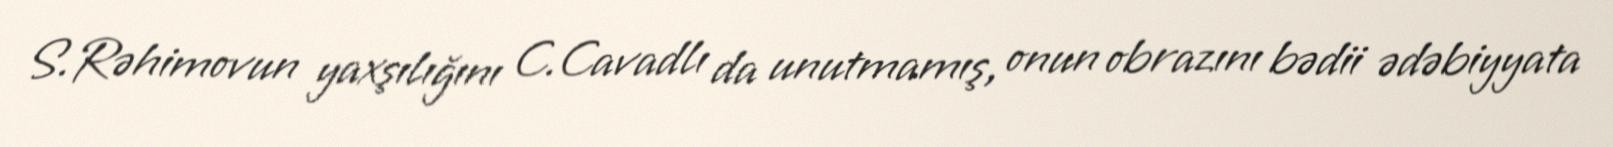
S.Rəhimovun yaxşılığını C.Cavadlı da unutmamış, onun obrazını bədii ədəbiyyata